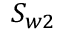
S _ { w 2 }